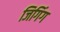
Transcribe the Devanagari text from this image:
जिगिंग